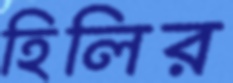
হিলির